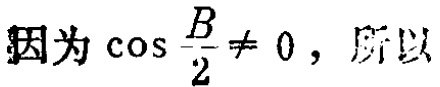
因为\(\cos\frac{B}{2}\neq 0\)，所以